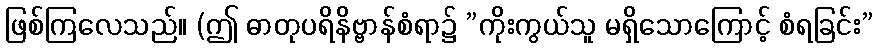
ဖြစ်ကြလေသည်။ (ဤ ဓာတုပရိနိဗ္ဗာန်စံရာ၌ ”ကိုးကွယ်သူ မရှိသောကြောင့် စံရခြင်း”